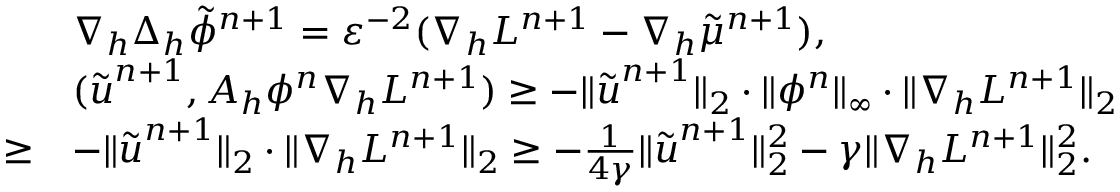
\begin{array} { r l } & { \nabla _ { h } \Delta _ { h } \tilde { \phi } ^ { n + 1 } = \varepsilon ^ { - 2 } ( \nabla _ { h } { \cal L } ^ { n + 1 } - \nabla _ { h } \tilde { \mu } ^ { n + 1 } ) , } \\ & { ( \tilde { \boldsymbol { u } } ^ { n + 1 } , A _ { h } \phi ^ { n } \nabla _ { h } { \cal L } ^ { n + 1 } ) \ge - \| \tilde { \boldsymbol { u } } ^ { n + 1 } \| _ { 2 } \cdot \| \phi ^ { n } \| _ { \infty } \cdot \| \nabla _ { h } { \cal L } ^ { n + 1 } \| _ { 2 } } \\ { \ge } & { - \| \tilde { \boldsymbol { u } } ^ { n + 1 } \| _ { 2 } \cdot \| \nabla _ { h } { \cal L } ^ { n + 1 } \| _ { 2 } \ge - \frac { 1 } { 4 \gamma } \| \tilde { \boldsymbol { u } } ^ { n + 1 } \| _ { 2 } ^ { 2 } - \gamma \| \nabla _ { h } { \cal L } ^ { n + 1 } \| _ { 2 } ^ { 2 } . } \end{array}